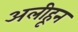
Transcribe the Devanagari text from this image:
अलीहून